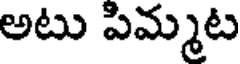
అటు పిమ్మట